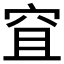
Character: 𥥐